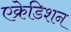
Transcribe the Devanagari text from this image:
एक्रेडिशन